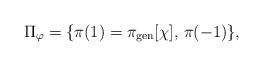
LaTeX: \begin{align*}\Pi_{\varphi} =\{ \pi(1)=\pi_{\rm gen} [\chi], \, \pi(-1)\}, \end{align*}